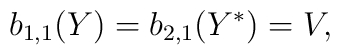
b_{1,1}(Y)=b_{2,1}(Y^*)=V,